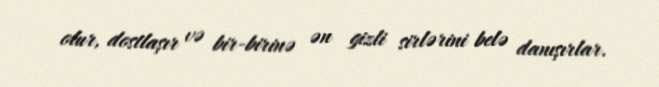
olur, dostlaşır və bir-birinə ən gizli sirlərini belə danışırlar.